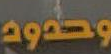
وحدود